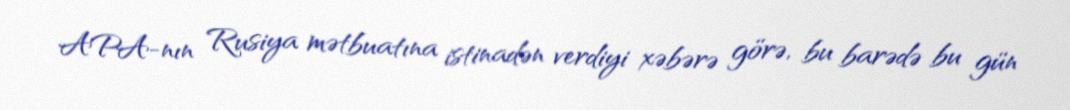
APA-nın Rusiya mətbuatına istinadən verdiyi xəbərə görə, bu barədə bu gün